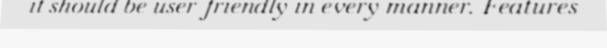
it should be user-friendly in every manner. Features